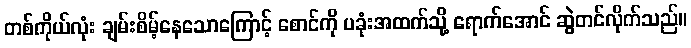
တစ်ကိုယ်လုံး ချမ်းစိမ့်နေသောကြောင့် စောင်ကို ပခုံးအထက်သို့ ရောက်အောင် ဆွဲတင်လိုက်သည်။